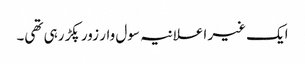
ایک غیر اعلانیہ سول وار زور پکڑ رہی تھی۔